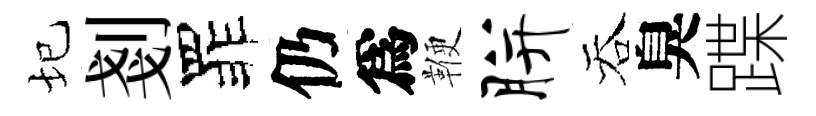
圮剗罪仍爲鞭胼吞臭蹀